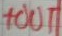
Text: +OUT